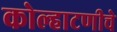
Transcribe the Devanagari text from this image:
कोल्हाटणीचे